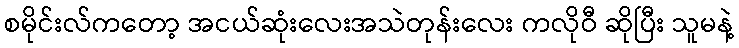
စမိုင်းလ်ကတော့ အငယ်ဆုံးလေးအသဲတုန်းလေး ကလိုဝီ ဆိုပြီး သူမနဲ့